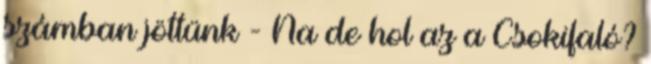
számban jöttünk - Na de hol az a Csokifaló?